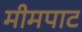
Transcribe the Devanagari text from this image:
मीमपाट